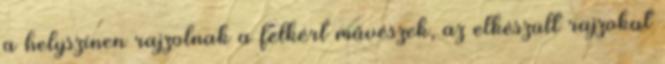
a helyszínen rajzolnak a felkért művészek, az elkészült rajzokat